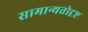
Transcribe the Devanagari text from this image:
सामान्यतोदृष्ट